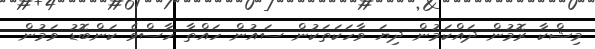
މިޝްކާ ރޮމުން ދައްކަމުން ދިޔަ ވާހަކަތަކުން ސައުން ހައްތާ ހާސްވެ ކަންބޮޑު ވަމުން